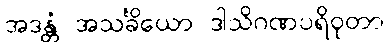
အဒန္တံ အသင်္ခိယော ဒါသိဂဏပရိဝုတာ